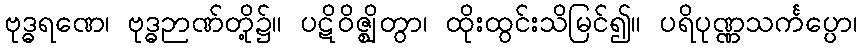
ဗုဒ္ဓရဏေ၊ ဗုဒ္ဓဉာဏ်တို့၌။ ပဋိဝိဇ္ဈိတွာ၊ ထိုးထွင်းသိမြင်၍။ ပရိပုဏ္ဏသင်္ကပ္ပော၊